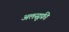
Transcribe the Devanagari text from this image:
अलसूफ़ी